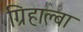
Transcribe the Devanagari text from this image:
ग्रिहाल्वा